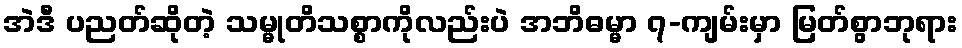
အဲဒီ ပညတ်ဆိုတဲ့ သမ္မုတိသစ္စာကိုလည်းပဲ အဘိဓမ္မာ ၇-ကျမ်းမှာ မြတ်စွာဘုရား